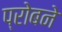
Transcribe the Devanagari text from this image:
प्रोबने